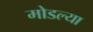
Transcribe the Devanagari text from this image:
मोडल्या